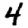
Digit: 4